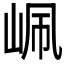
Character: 𡶺